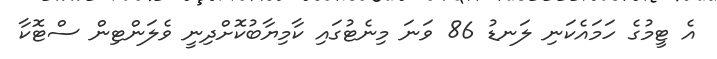
އެ ޓީމުގެ ހަމައެކަނި ލަނޑު 86 ވަނަ މިނެޓުގައި ކާމިޔާބުކޮށްދިނީ ވެލަންޓިން ސްޓޮކާ